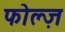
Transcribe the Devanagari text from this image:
फोल्ज़